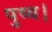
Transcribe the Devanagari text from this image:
पुष्य।